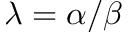
\lambda = \alpha / \beta